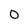
Character: 0